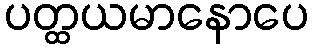
ပတ္ထယမာနောပေ